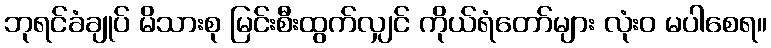
ဘုရင်ခံချုပ် မိသားစု မြင်းစီးထွက်လျှင် ကိုယ်ရံတော်များ လုံးဝ မပါစေရ။